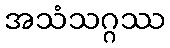
အသံသဂ္ဂဿ